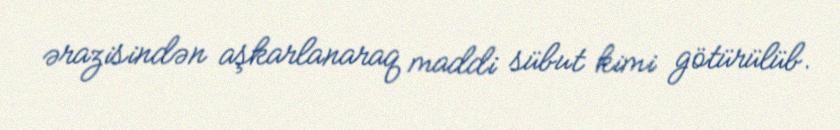
ərazisindən aşkarlanaraq maddi sübut kimi götürülüb.